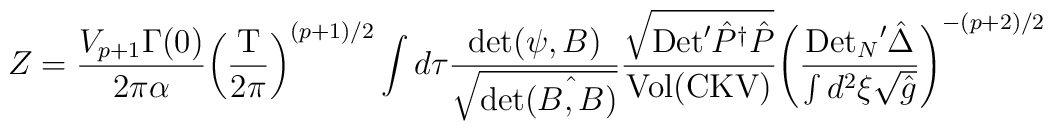
Z={{V_{p+1}\Gamma(0)}\over{2\pi\alpha}}{{\left({{\mbox{T}}\over{2\pi}}\right)}^{(p+1)/2}}\int d\tau{{\mbox{det}(\psi,B)}\over{\sqrt{\mbox{det}\hat{(B,B)}}}}{{\sqrt{\mbox{Det}'{\hat{P}^\dagger}\hat{P}}}\over{\mbox{Vol}(\mbox{CKV})}}{{\left({{{\mbox{Det}_N}'\hat{\Delta}}\over{\int{d^2}\xi\sqrt{\hat{g}}}}\right)}^{-(p+2)/2}}